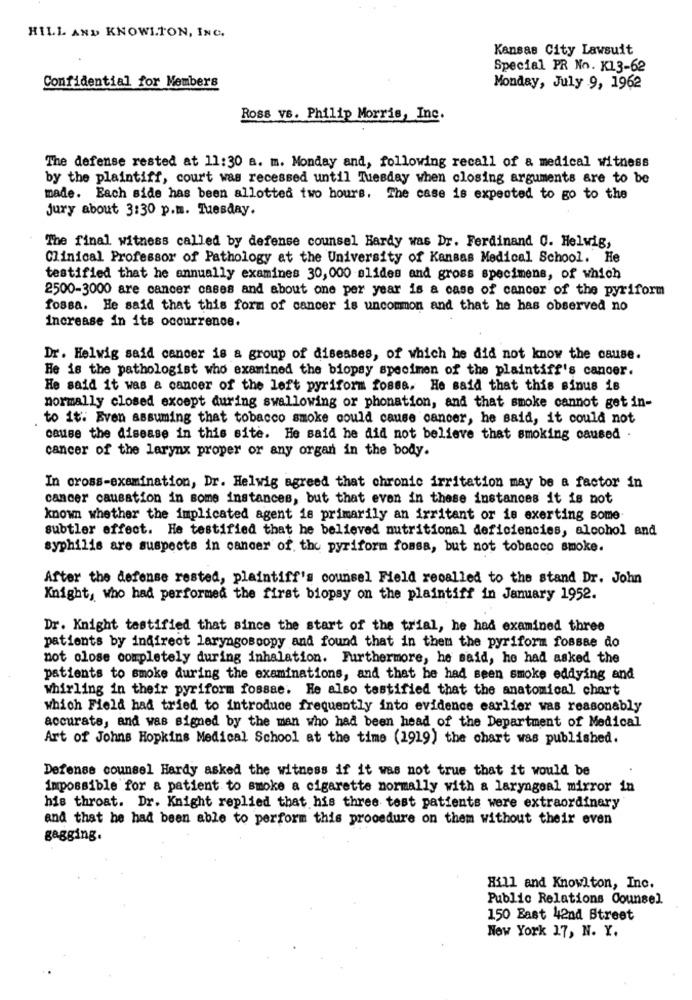
HILL AND KNOWLTON, INC.
Kansas City Lawsuit
Special PR No. K13-62
Confidential for Members
Monday, July 9, 1962
Ross vs. Philip Morris, Inc.
The defense rested at 11:30 a. m. Monday and, following recall of & medical witness
by the plaintiff, court was recessed until Tuesday when closing arguments are to be
made. Each side has been allotted two hours. The case is expected to go to the
jury about 3:30 p.m. Tuesday.
The final witness called by defense counsel Hardy was Dr. Ferdinand C. Helwig,
Clinical Professor of Pathology at the University of Kansas Medical School. He
testified that he annually examines 30, 000 slides and gross specimens, of which
2500-3000 are cancer cases and about one per year is a case of cancer of the pyriform
fossa. He said that this form of cancer is uncommon and that he has observed no
Increase in its occurrence.
Dr. Helwig said cancer is a group of diseases, of which he did not know the cause.
He is the pathologist who examined the biopsy specimen of the plaintiff's cancer.
He said it was a cancer of the left pyriform fosse. He said that this sinus is
normally closed except during swallowing or phonation, and that smoke cannot get in-
to it: Even assuming that tobacco smoke could cause cancer, he said, it could not
cause the disease in this site. He said he did not believe that smoking caused .
cancer of the larynx proper or any organ in the body.
In cross-examination, Dr. Helwig agreed that chronic irritation may be a factor in
cancer causation in some instances, but that even in these instances it is not
know whether the implicated agent is primarily an irritant or is exerting some
subtler effect. He testified that he believed nutritional deficiencies, alcohol and
syphilis are suspects in cancer of the pyriform fossa, but not tobacco smoke.
After the defense rested, plaintiff's counsel Field recalled to the stand Dr. John
Knight, who had performed the first biopsy on the plaintiff in January 1952.
Dr. Knight testified that since the start of the trial, he had examined three
patients by indirect laryngoscopy and found that in them the pyriform fossae do
not close completely during inhalation. Furthermore, he said, he had asked the
patients to smoke during the examinations, and that he had seen smoke eddying and
whirling in their pyriform fossae. He also testified that the anatomical chart
which Field had tried to introduce frequently into evidence earlier was reasonably
accurate, and was signed by the man who had been head of the Department of Medical
Art of Johns Hopkins Medical School at the time (1919) the chart was published.
Defense counsel Hardy asked the witness if it was not true that it would be
impossible for a patient to smoke a cigarette normally with a laryngeal mirror in
his throat. Dr. Knight replied that his three test patients were extraordinary
and that he had been able to perform this procedure on them without their even
gagging.
Hill and Knowlton, Inc.
Public Relations Counsel
150 East 42nd Street
New York 17, N. Y.